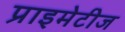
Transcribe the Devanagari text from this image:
प्राइमेटीज